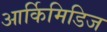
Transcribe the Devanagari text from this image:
आर्किमिडिज